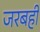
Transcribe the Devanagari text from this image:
जरबही